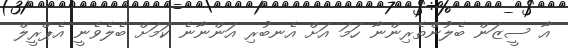
އާ ސީޒަން ބެލުންތެރިންނާ ހަމަ އަށް އެނބުރި އަންނާނެ ކަމަށް ބެލެވެނީ އެޕްރީލް